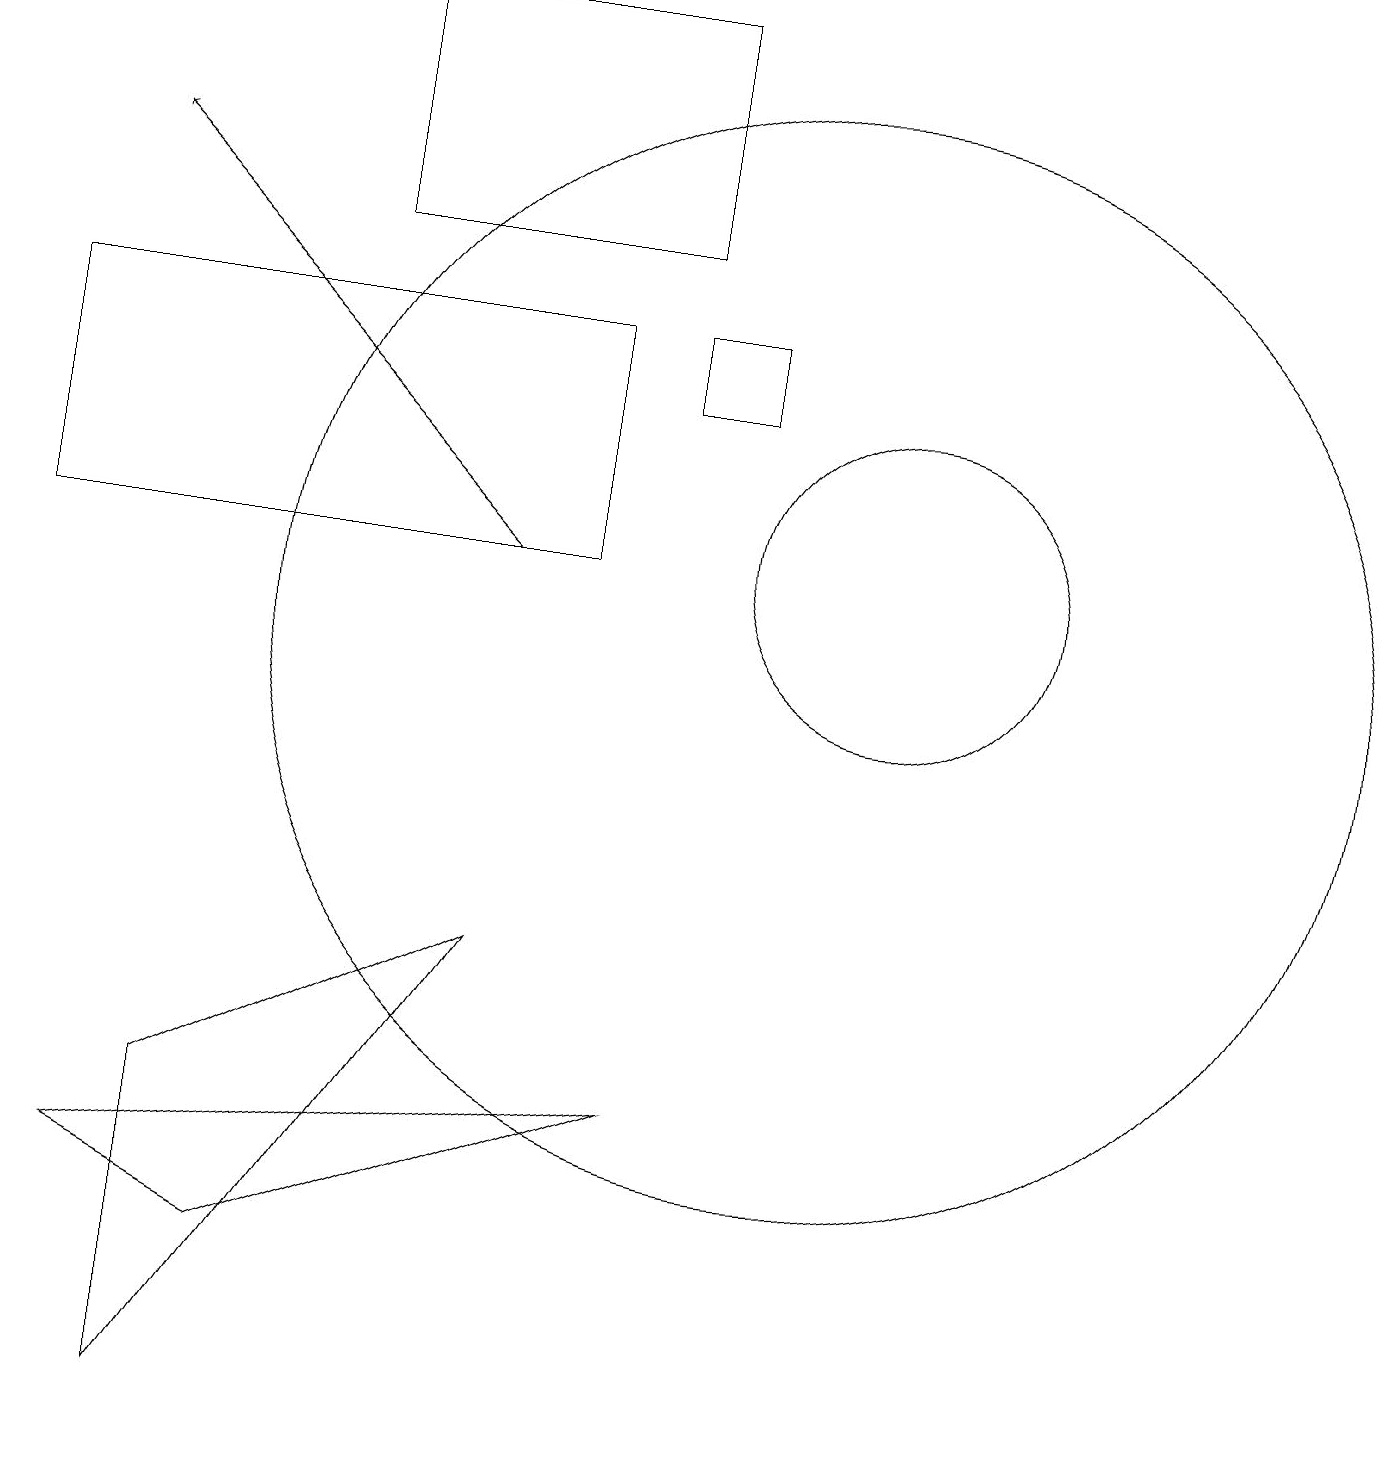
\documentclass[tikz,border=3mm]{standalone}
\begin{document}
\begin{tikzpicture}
\draw (2,5) -- (2,1) -- (6,7) -- cycle;
\draw (10,11) circle (7);
\draw (11,12) circle (2);
\draw (8,16) rectangle (4,19);
\draw[->] (6,12) -- (1,17);
\draw (8,15) rectangle (9,14);
\draw (3,3) -- (8,5) -- (1,4) -- cycle;
\draw (7,15) rectangle (0,12);
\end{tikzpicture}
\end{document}